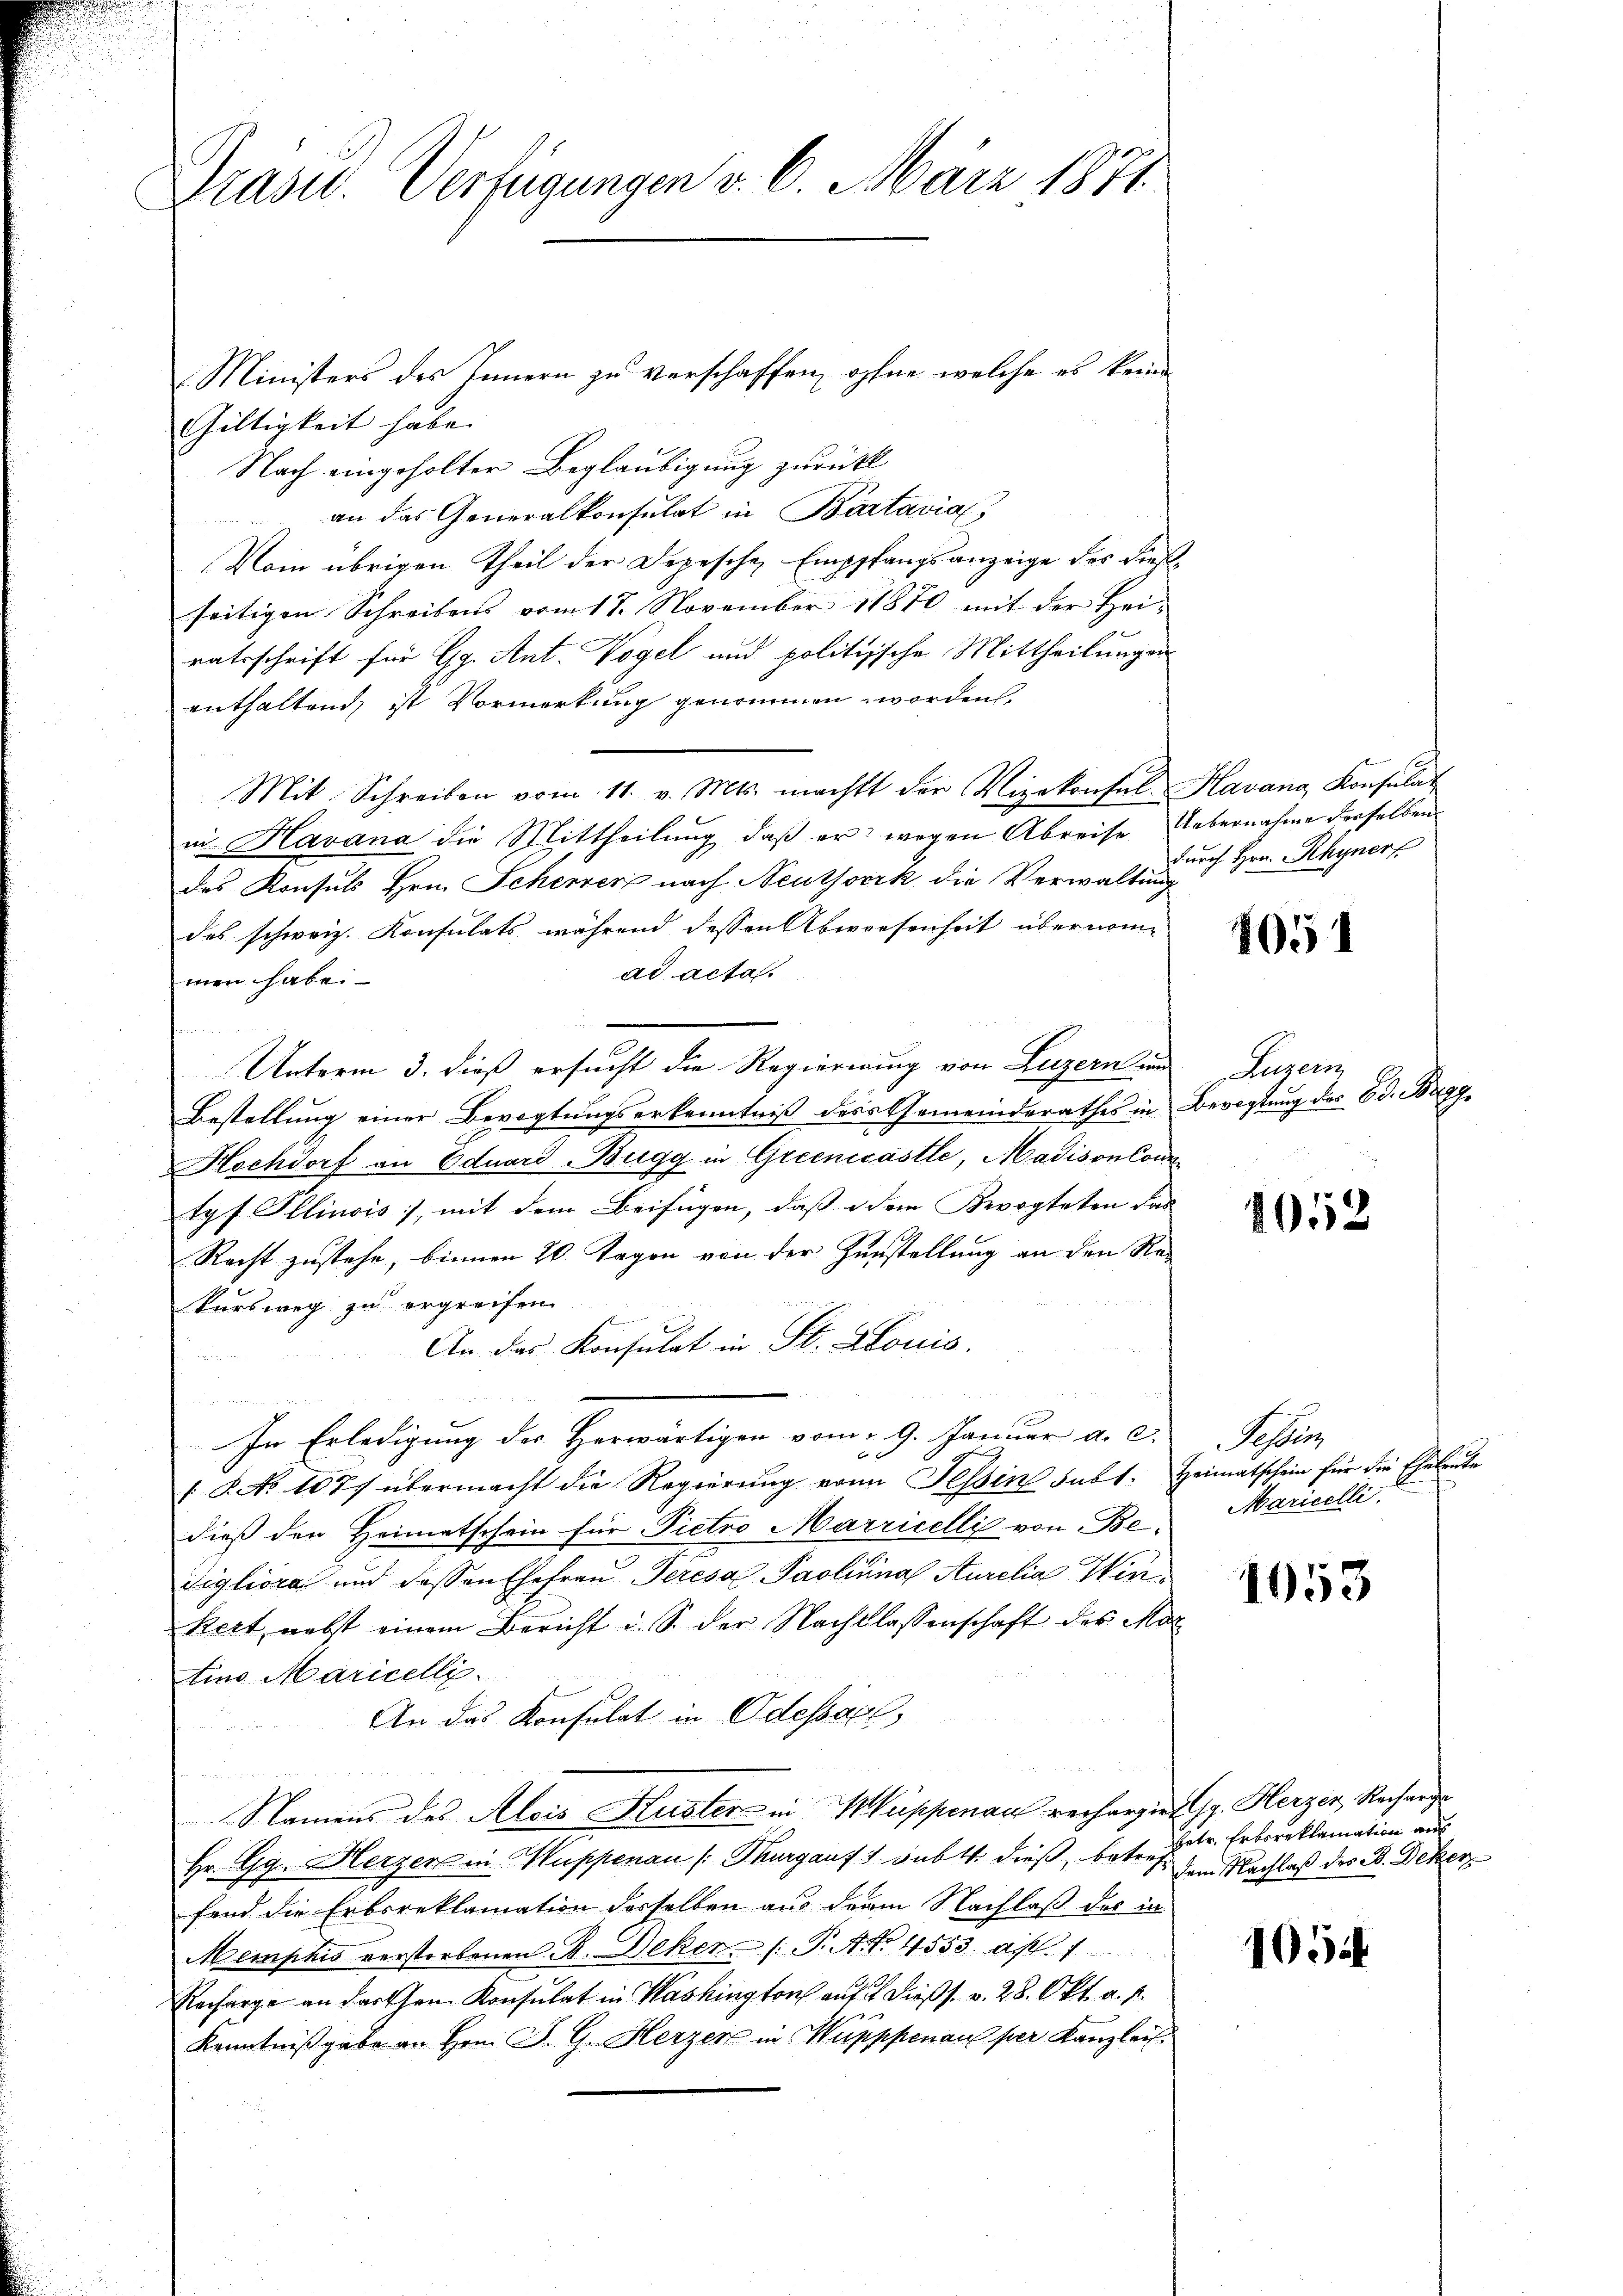
Präsid.. Verfügungen v. 6. März 1871.

Ministers des Innern zu verschaffen, ohne welche es kein
Gültigkeit habe. |
Nach eingeholter Beglaubigung zurückl
an das Generalkonsulat in Bartavia,
Vom übrigen Theil der Depesche Empfangsanzeige des dießseitigen Schreibens vom 17. November 18870 mit der Heiratsschrift für Gg. Ant. Vogel und politische Mittheilungen
enthaltend, ist Vormerkung genommen worden,
Mit Schreiben vom 11. v. Mts. machtt der Vizekonsul Havana Konsulat
in Havana die Mittheilung, daß er wegen Abreise Uebernahme derselben
des Konsuls Hrn. Scherer nach Neuthorik die Verwaltung
des schweiz. Konsulats während dessen Abwesenheit übernomad acta.
men haben
Unterm 3. dieß ersucht die Regierung von Luzern und
Bestellung einer Bevogtungserkenntniß des Gemeinderathes in Bevogtung der Ed. Bagg
Hochdorf an Eduard Bugg in Greenicastle, Madison Contyf Ellinois, mit dem Beifügen, daß dem Bevogteten das
Recht zustehe, binnen 20 Tagen von der Zunstellung an den Re-
kursweg zu ergreifen
An das Konsulat in St. Louis.

d
In Erledigung des Herwärtigen vom 29. Januar a. c.
 8. No 1077 übermacht die Regierŭng von Tessin subt. Heimatschein für die Eheleute
dieß den Heimatschein für Pietro Marricelli von Be¬
Sigliora und dessen Ehefrau Teresa Paolina Aurelia Win¬
Kert, nebst einem Bericht d. S. der Nachtlassenschaft des Mor
tino Maricelle.
An das Konsulat in Odessaal,
u
Namens des Alois Kuster in Kuppenau rechargirt Jg. Herzen Recharge
Hr. Gg. Herzen in Kuppenau (Thurgaus subt. dieß, betreff dem Nachlaß des B. Deker
fand die Erbrreklamation desselben aus derm Nachlaß der in
Memphis verstorbenen B. Deker (T. Art. 4553 afl. 1
Recharge an darthen Konsulat in Washington auf 21 dießs. v. 28. Okt. a. f.
Kenntnißgabe an Hrn. J. G. Herzer in Wupppenau per Kanzleis

durch Hrn. Rhynerf

405

Luzern

1052

Festung
Maricelli

1053

1054

betr. Erbsreklamation aus